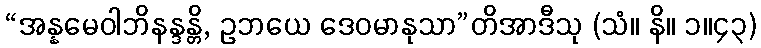
“အန္နမေဝါဘိနန္ဒန္တိ, ဥဘယေ ဒေဝမာနုသာ”တိအာဒီသု (သံ။ နိ။ ၁။၄၃)